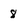
Character: 8